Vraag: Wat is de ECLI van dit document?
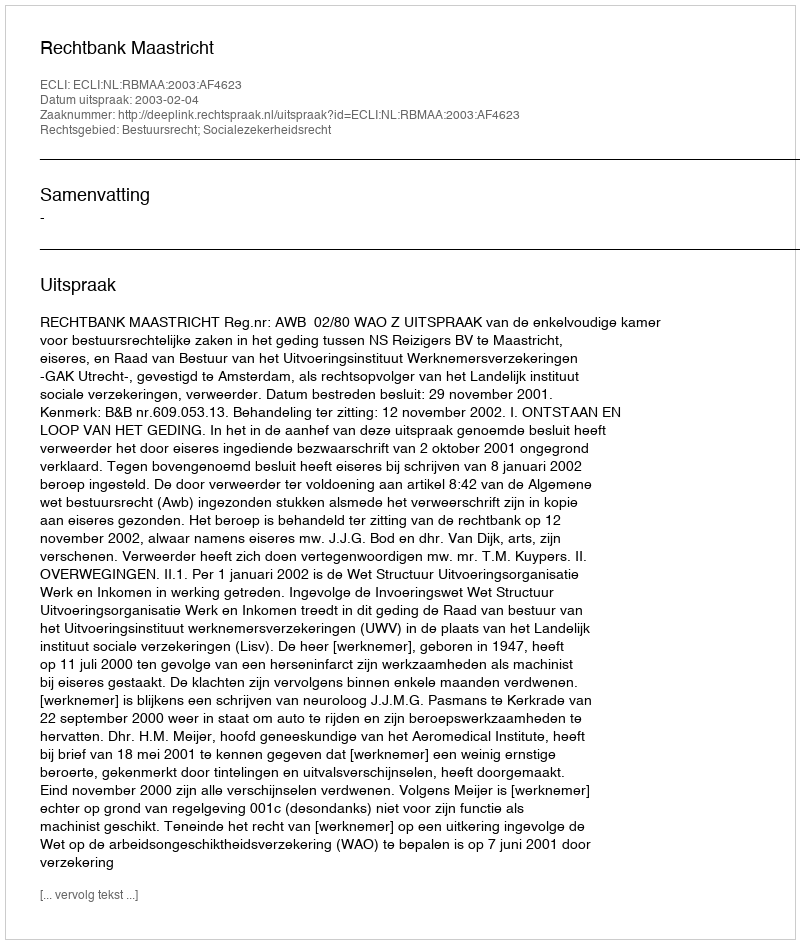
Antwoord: ECLI:NL:RBMAA:2003:AF4623